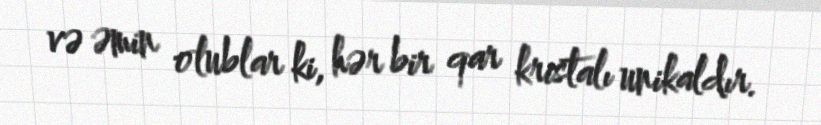
və əmin olublar ki, hər bir qar kristalı unikaldır.